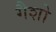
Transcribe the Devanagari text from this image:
गैशो